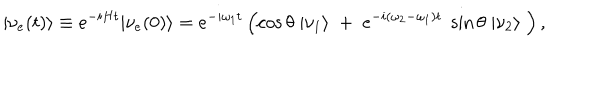
| \nu _ { e } ( t ) \rangle \equiv e ^ { - i H t } | \nu _ { e } ( 0 ) \rangle = e ^ { - i \omega _ { 1 } t } \left( \cos \theta \; | \nu _ { 1 } \rangle \; + \; e ^ { - i ( \omega _ { 2 } - \omega _ { 1 } ) t } \; \sin \theta \; | \nu _ { 2 } \rangle \; \right) ,